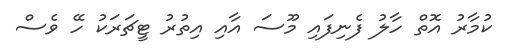
ކުމާރު އޮތް ހާލު ފެނިފައި މޫސަ އާއި އިތުުރު ޓީޗަރަކު ހޭ ވެސް